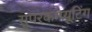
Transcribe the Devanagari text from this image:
सूपरकम्प्यूटिंग